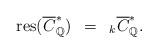
LaTeX: \begin{align*}\mathrm{res}(\overline{C}^*_{\mathbb{Q}}) \,\ = \,\ _k\overline{C}^*_{\mathbb{Q}}.\end{align*}